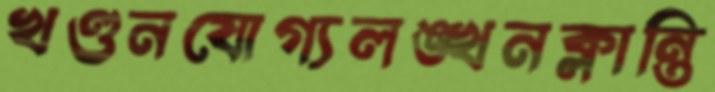
খণ্ডনযোগ্যলঙ্খনক্লান্তি